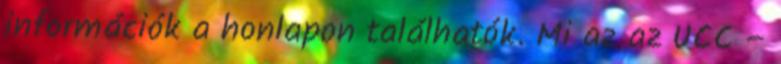
információk a honlapon találhatók. Mi az az UCC –